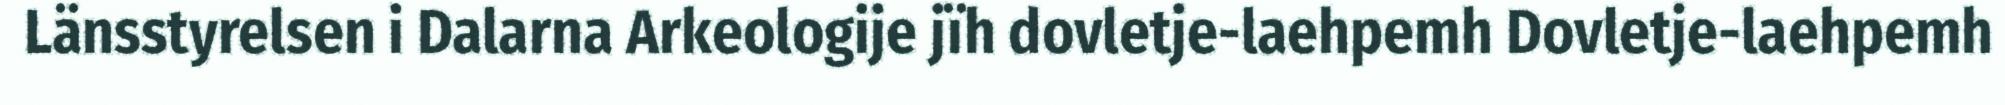
Länsstyrelsen i Dalarna Arkeologije jïh dovletje-laehpemh Dovletje-laehpemh